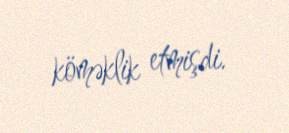
köməklik etmişdi.